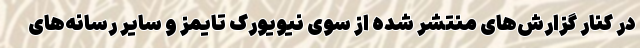
در کنار گزارش‌های منتشر شده از سوی نیویورک تایمز و سایر رسانه‌های